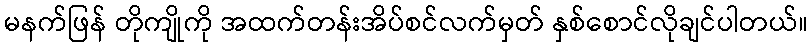
မနက်ဖြန် တိုကျိုကို အထက်တန်းအိပ်စင်လက်မှတ် နှစ်စောင်လိုချင်ပါတယ်။